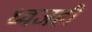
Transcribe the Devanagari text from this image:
ध्वजही